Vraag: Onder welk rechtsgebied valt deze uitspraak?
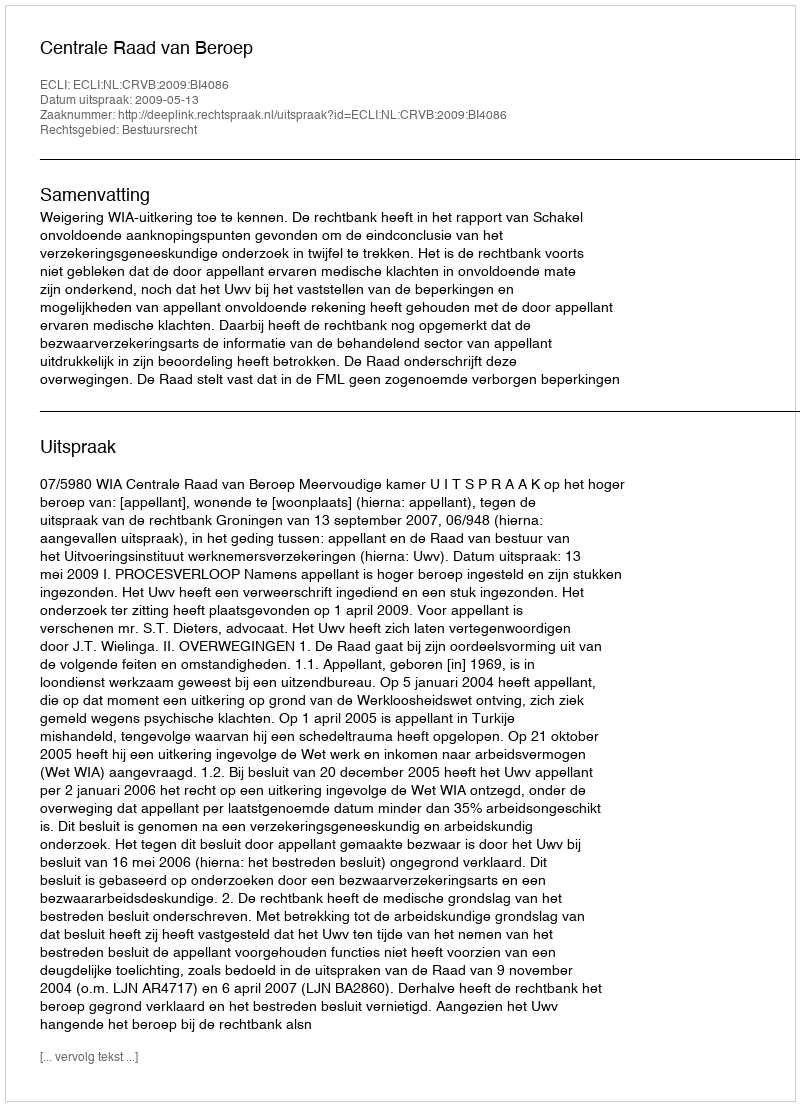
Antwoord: Bestuursrecht